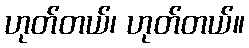
ဟုတ်တယ်၊ ဟုတ်တယ်။